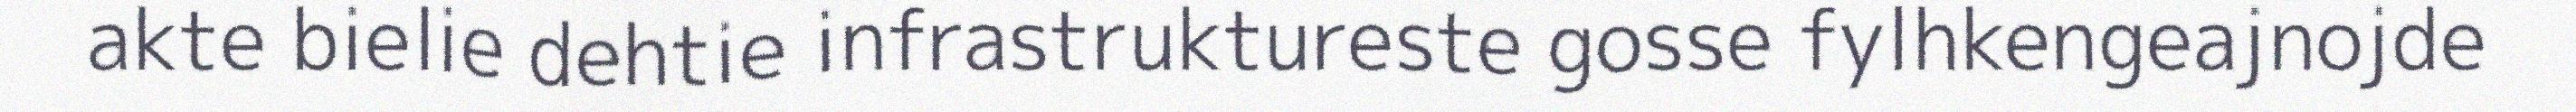
akte bielie dehtie infrastruktureste gosse fylhkengeajnojde